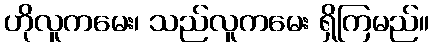
ဟိုလူကမေး၊ သည်လူကမေး ရှိကြမည်။